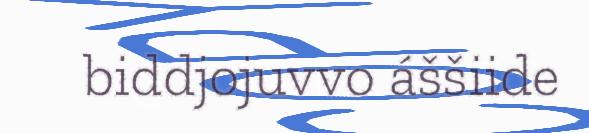
biddjojuvvo áššiide